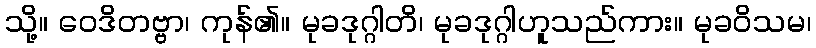
သို့။ ဝေဒိတဗ္ဗာ၊ ကုန်၏။ မုခဒုဂ္ဂါတိ၊ မုခဒုဂ္ဂါဟူသည်ကား။ မုခဝိသမ၊